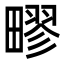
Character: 疁